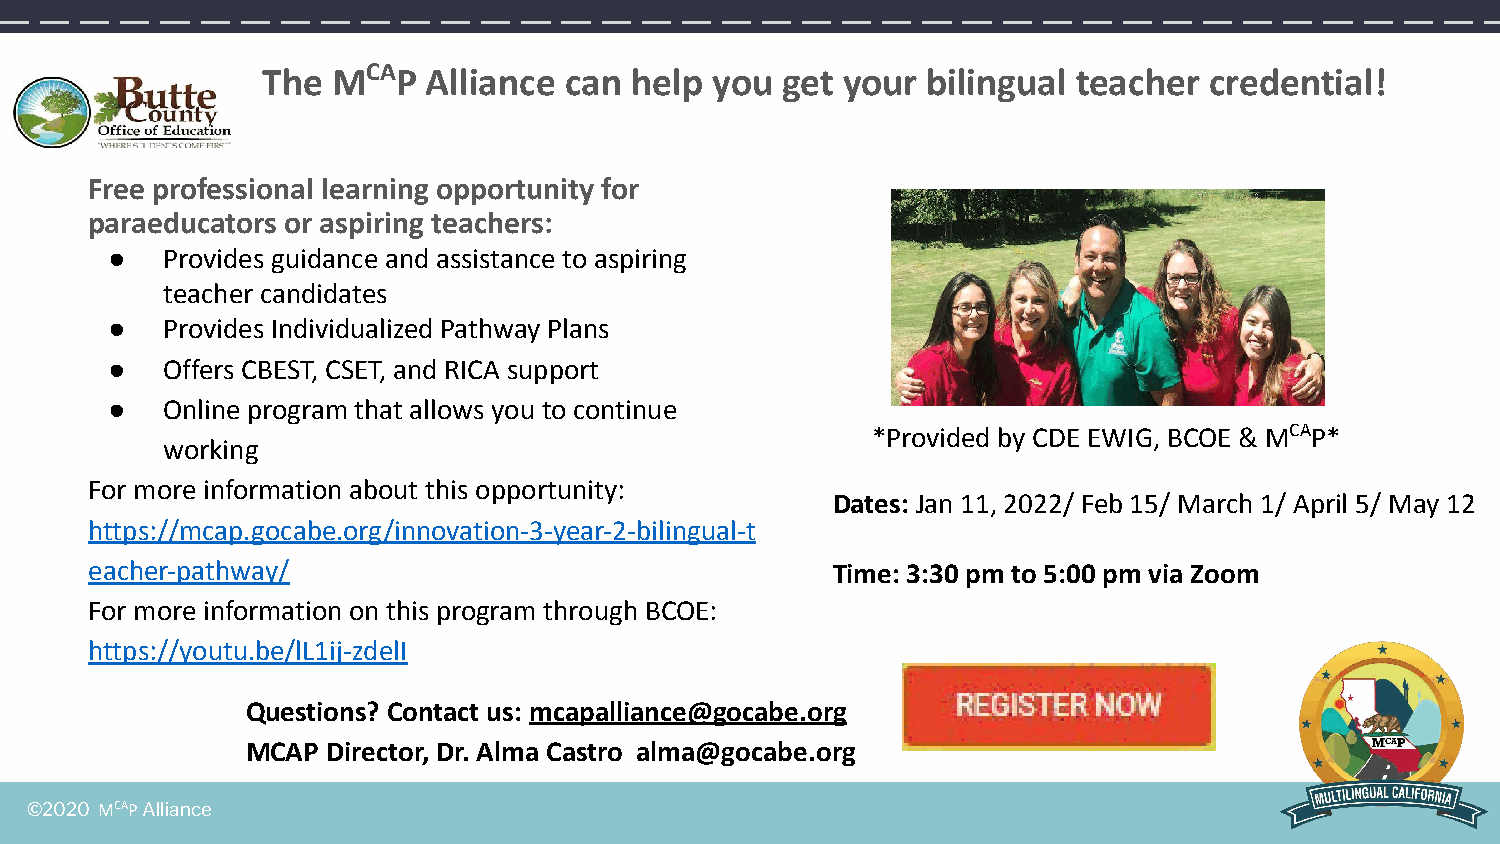
The  MCAP  Alliance can  help you  get your bilingual teacher  credential!
 Free professional learning opportunity for
 paraeducators or aspiring teachers:
 ●   Provides guidance and assistance to aspiring
 teacher candidates
 ●   Provides Individualized Pathway Plans
 ●   Offers CBEST, CSET, and RICA support
 ●   Online program that allows you to continue
 *Provided by CDE EWIG, BCOE & MCAP*
 working
 For more information about this opportunity:
 Dates: Jan 11, 2022/ Feb 15/ March 1/ April 5/ May 12
 https://mcap.gocabe.org/innovation-3-year-2-bilingual-t
 eacher-pathway/                                  Time: 3:30 pm to 5:00 pm via Zoom
 For more information on this program through BCOE:
 https://youtu.be/lL1ij-zdelI
 Questions? Contact us: mcapalliance@gocabe.org
 MCAP  Director, Dr. Alma Castro alma@gocabe.org
 ©2020 MCAP Alliance